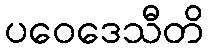
ပဝေဒေသီတိ